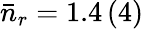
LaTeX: \bar{n}_{r}=1.4\, (4)